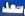
سعد